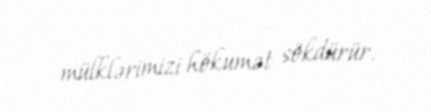
mülklərimizi hökumət sökdürür.